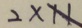
2 \times 1 1